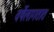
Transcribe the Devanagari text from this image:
वर्षेलागतात